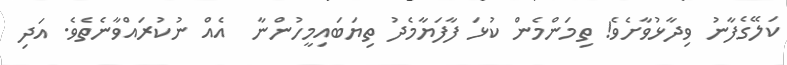
ކަލޭގެފާނު ވިދާޅުވާށެވެ! ތިމަންމެން ކުޅަ ފާފަޔާމެދު ތިޔަބައިމީހުންނާ  އެއްް ނުކުރައްވާނެތެވެ. އަދި